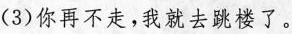
(3)你再不走，我就去跳楼了。